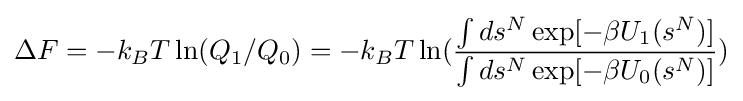
\Delta F=-k_{B}T\ln(Q_{1}/Q_{0})=-k_{B}T\ln({\frac {\int ds^{N}\exp[-\beta U_{1}(s^{N})]}{\int ds^{N}\exp[-\beta U_{0}(s^{N})]}})